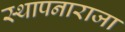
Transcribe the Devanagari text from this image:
स्थापनाराजा